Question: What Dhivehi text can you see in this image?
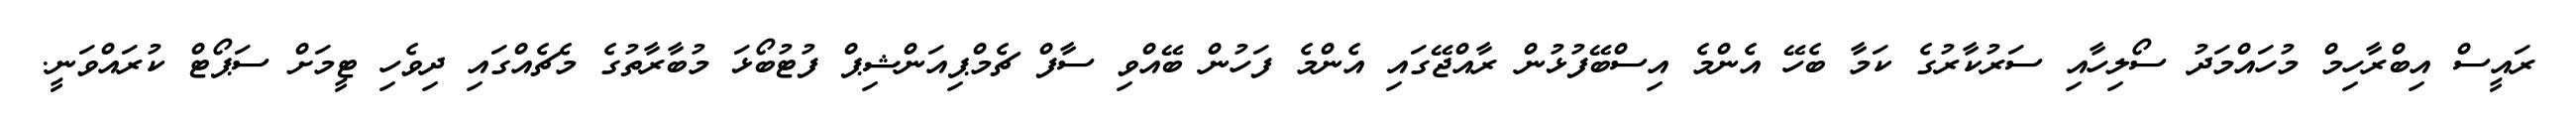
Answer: ރައީސް އިބްރާހިމް މުހައްމަދު ސޯލިހާއި ސަރުކާރުގެ ކަމާ ބެހޭ އެންމެ އިސްބޭފުޅުން ރާއްޖޭގައި އެންމެ ފަހުން ބޭއްވި ސާފް ޗެމްޕިއަންޝިޕް ފުޓުބޯޅަ މުބާރާތުގެ މެޗެއްގައި ދިވެހި ޓީމަށް ސަޕޯޓް ކުރައްވަނީ.